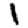
Digit: 1